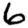
Digit: 6